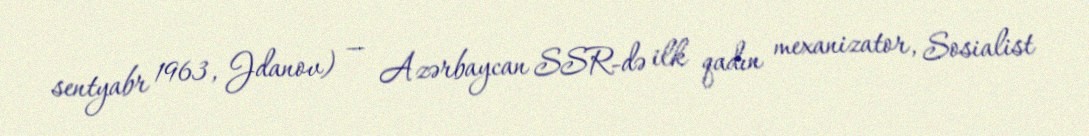
sentyabr 1963, Jdanov) — Azərbaycan SSR-də ilk qadın mexanizator, Sosialist